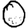
Digit: 0